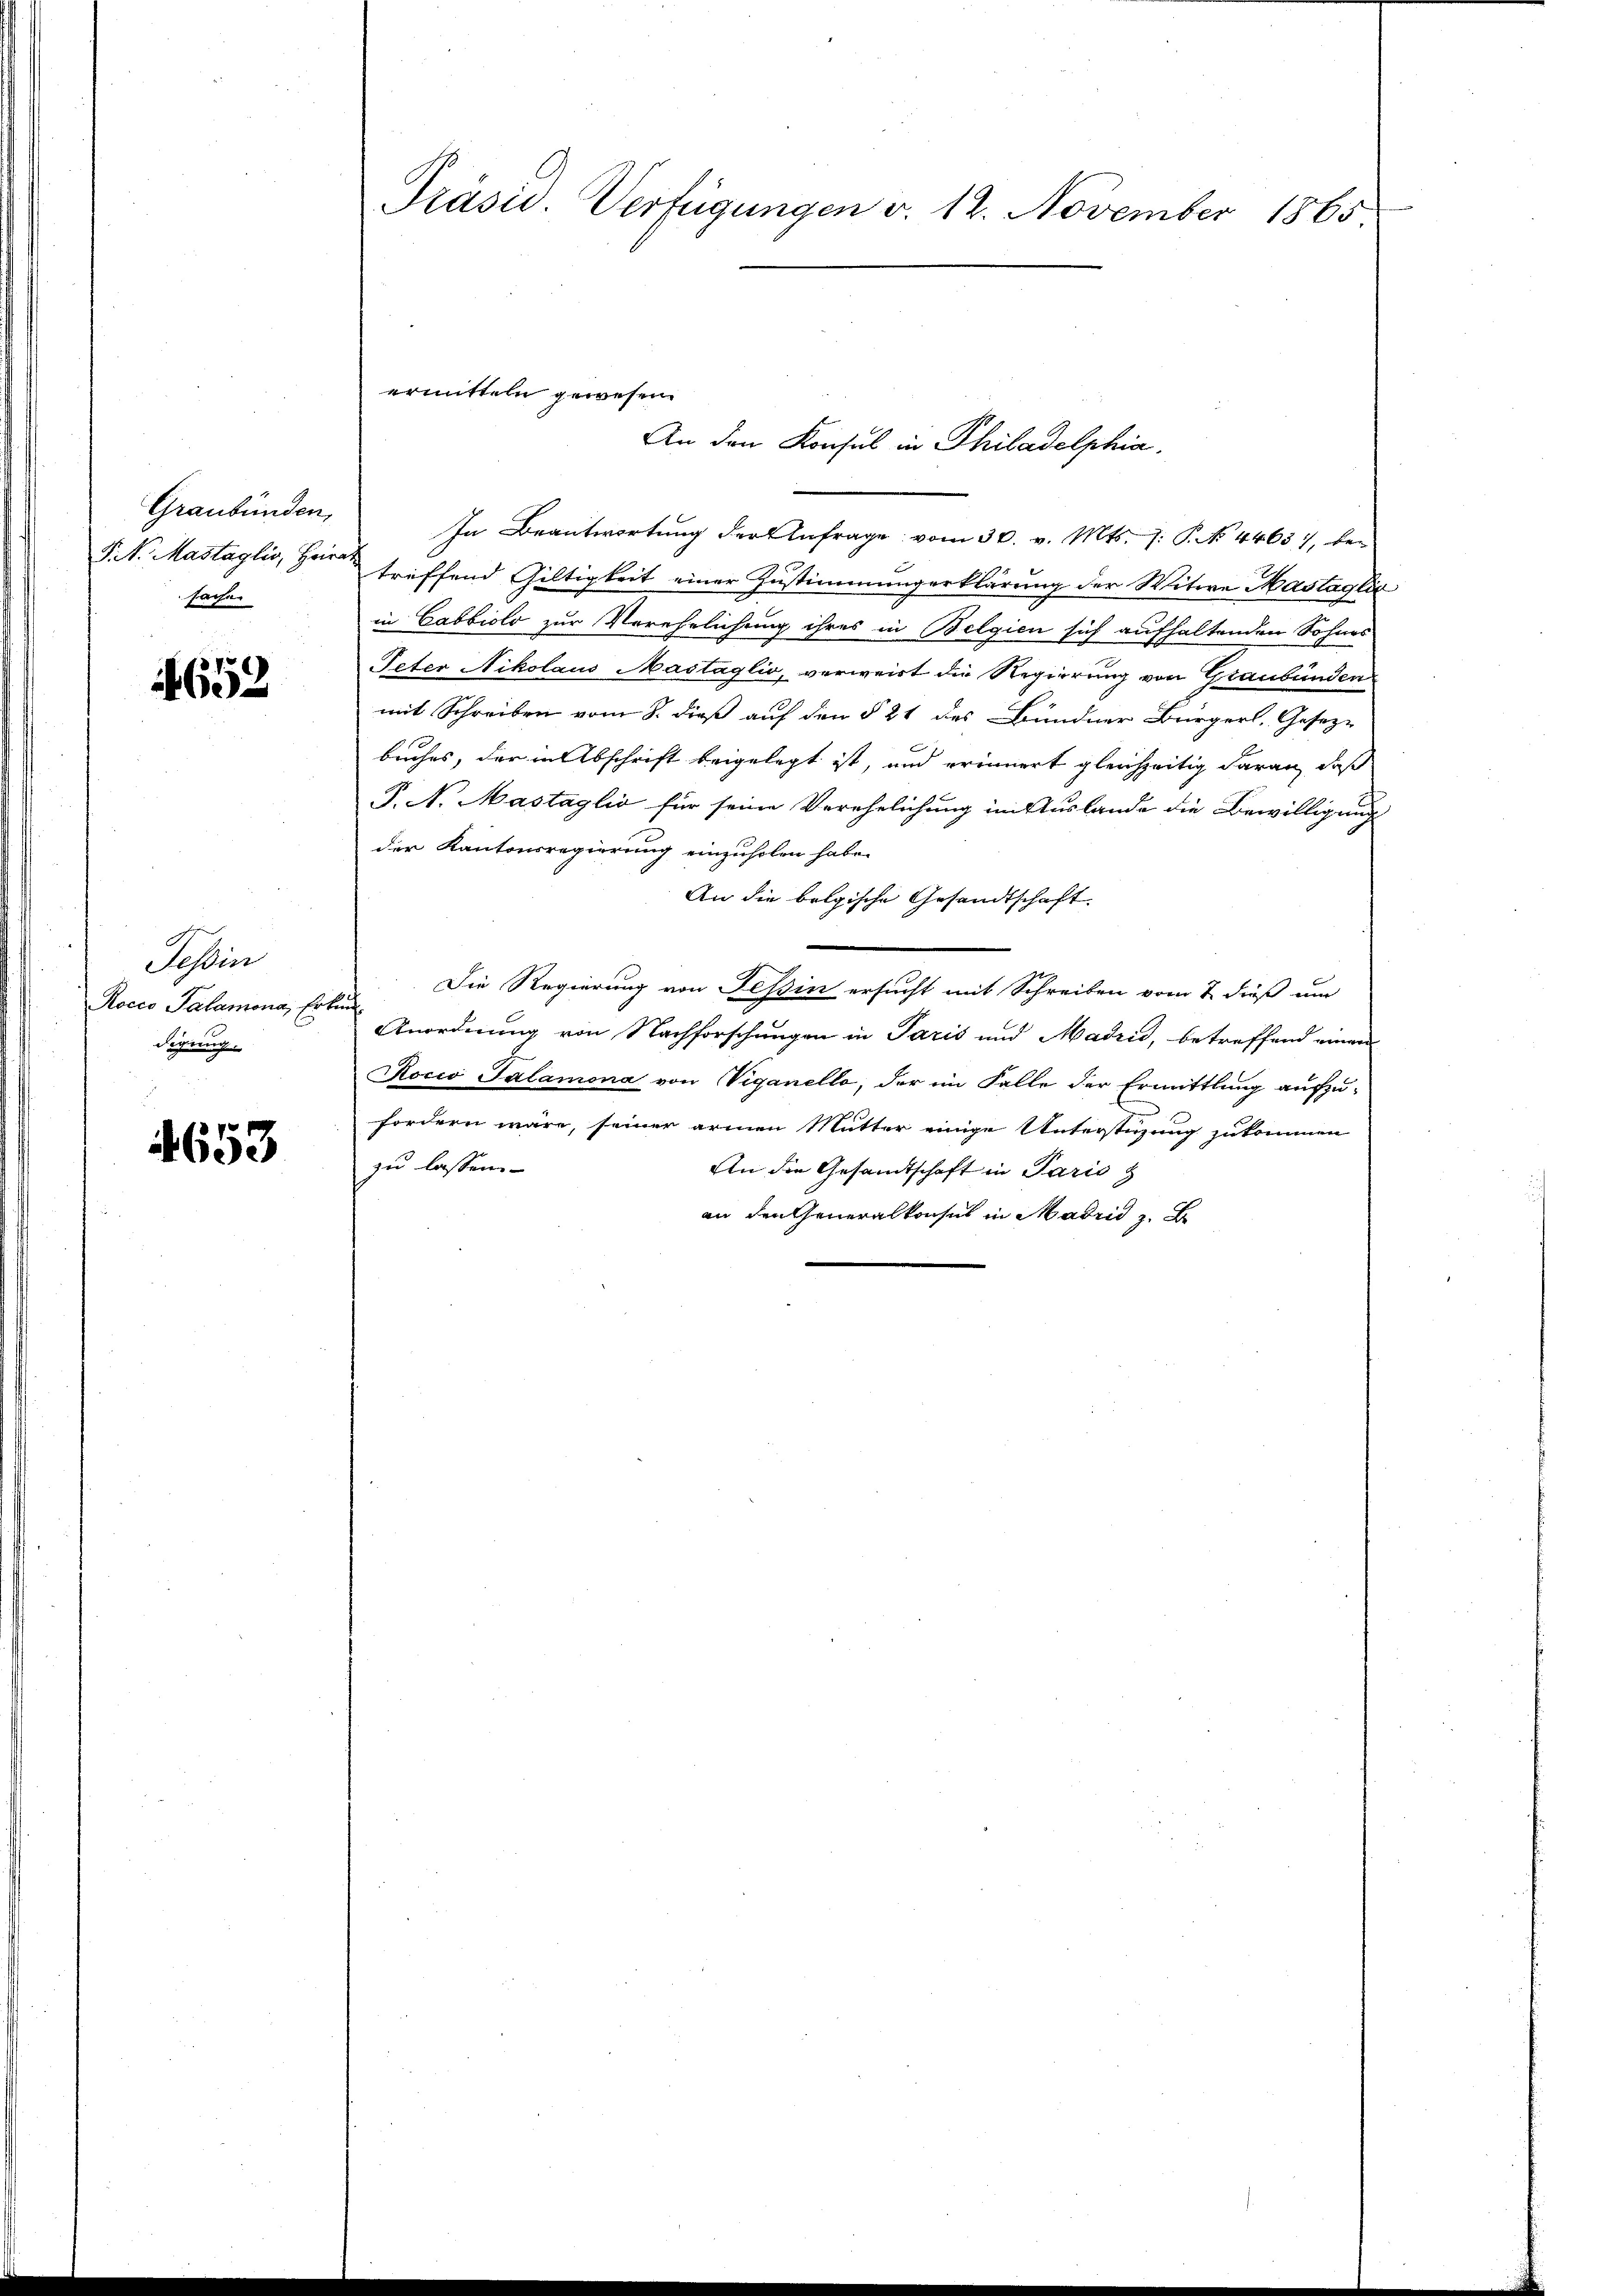
Graubünden,
P. N. Mastaglio, Heirat
sachen

652

Tessin
Rocco Palamona, Ert
digung.

4653

Präsid. Verfügungen v. 12. November 1865

In Beantwortung der Anfrage vom 30. v. Mts. J. P. No. 4463), bei
treffend Giltigkeit einer Zustimmung erklärung der Witwe Mastaglic
in Cabbiolo zur Verehelichung ihres in Belgien sich aufhaltenden Sohnes
Peter Nikolaus Mastaglio, verweist die Regierung von Graubünden
mit Schreiben vom 8. dieß auf den § 21 des Bündner Bürgerl. Gesezbuches, der in Abschrift beigelegt ist, und erinnert gleichzeitig daran, daß
P. N. Mastaglio für seine Verehelichung im Auslande die Bewilligung
der Kantonsregierung einzuholen habe.
An die belgische Gesandtschaft.
e
Die Regierung von Tessin ersucht mit Schreiben vom 2. dieß um
uf
Anordnung von Nachforschungen in Paris und Madrid, betreffend einer
Kocio Salamona von Viganello, der im Falle der Ermittlung aufzu-
fordern wäre, seiner armen Mutter einige Unterstüzung zukommen
zu lassen.
An die Gesandtschaft in Paris z
an den Generalkonsul in Madrid z. B

ermitteln gewesen.
An den Konsul in Philadelphia